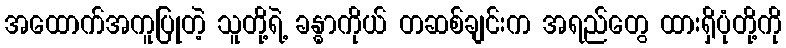
အထောက်အကူပြုတဲ့ သူတို့ရဲ့ ခန္ဓာကိုယ် တဆစ်ချင်းက အရည်တွေ ထားရှိပုံတို့ကို